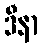
ဒီနာ